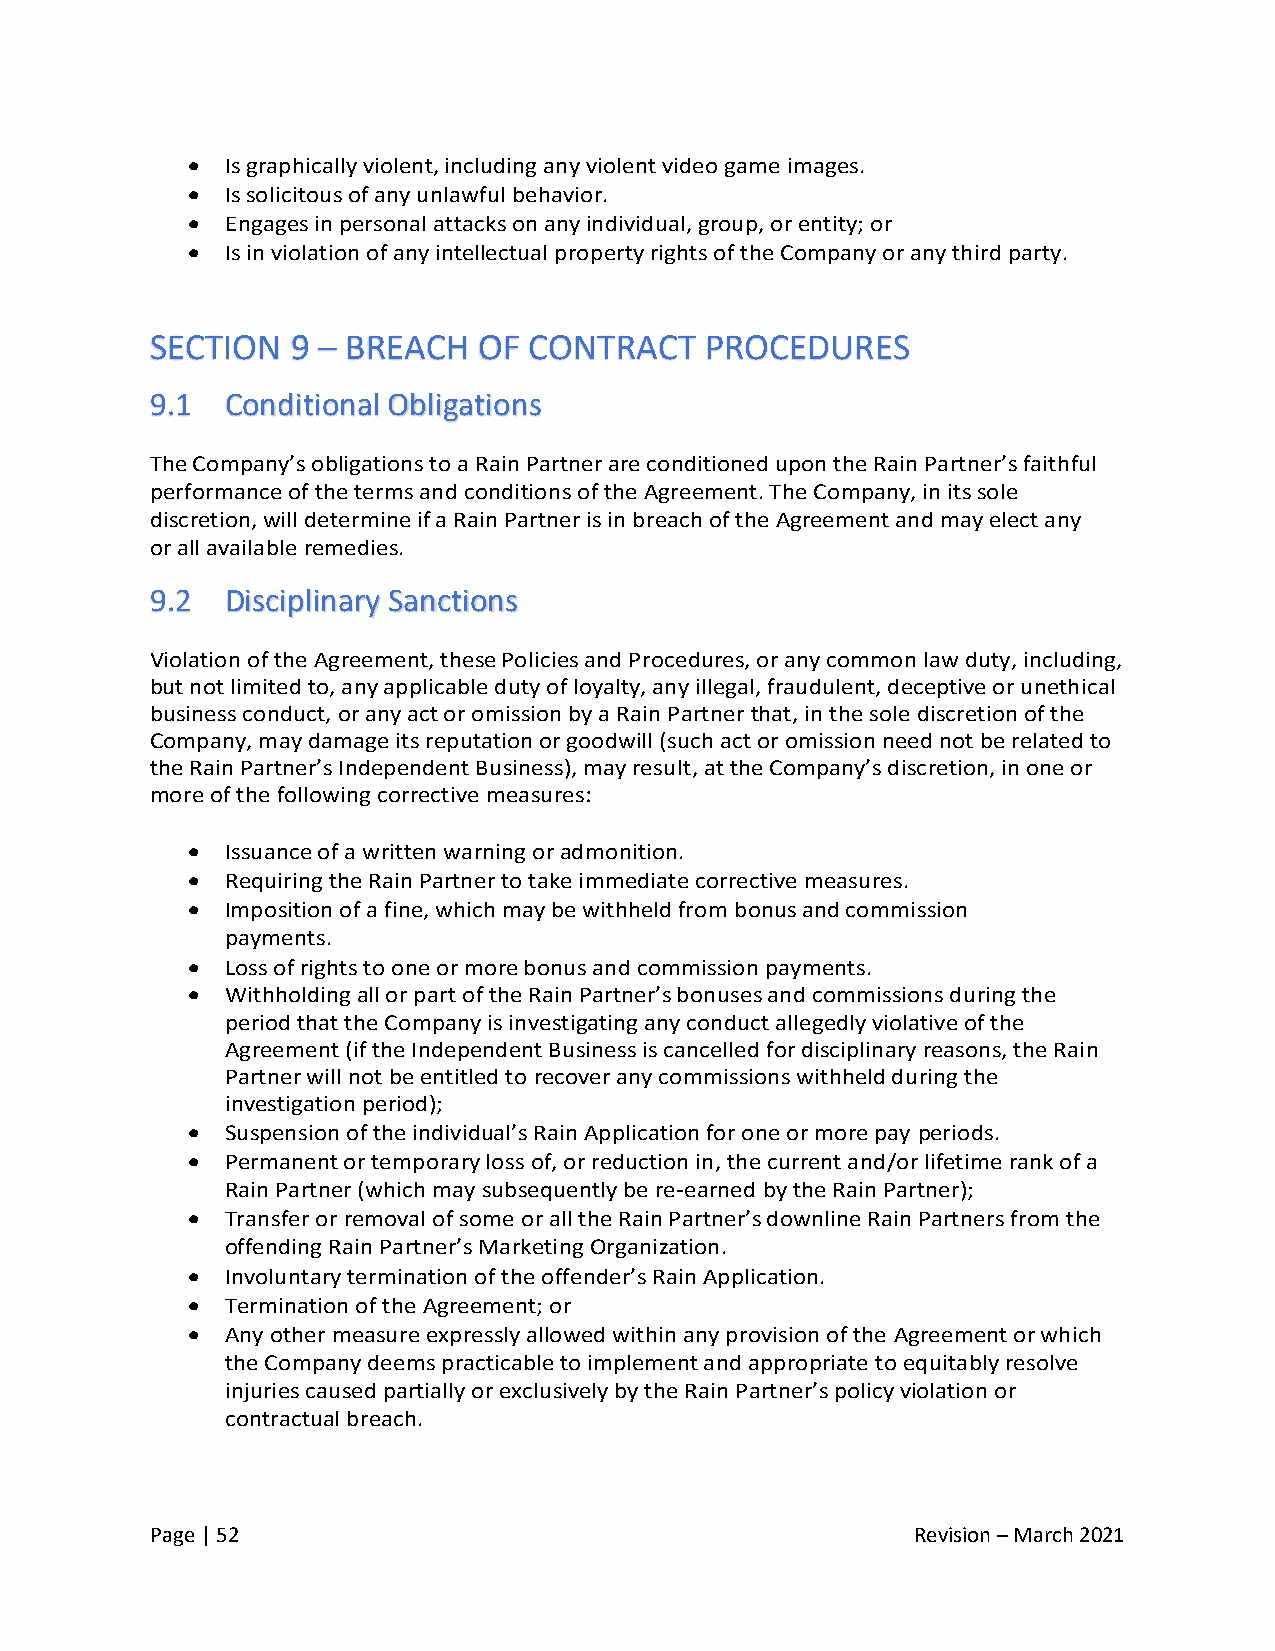
•  Is graphically violent, including any violent video game images.
 •  Is solicitous of any unlawful behavior.
 •  Engages in personal attacks on any individual, group, or entity; or
 •  Is in violation of any intellectual property rights of the Company or any third party.
 SECTION  9 – BREACH   OF CONTRACT    PROCEDURES
 9.1  Conditional Obligations
 The Company’s obligations to a Rain Partner are conditioned upon the Rain Partner’s faithful
 performance of the terms and conditions of the Agreement. The Company, in its sole
 discretion, will determine if a Rain Partner is in breach of the Agreement and may elect any
 or all available remedies.
 9.2  Disciplinary Sanctions
 Violation of the Agreement, these Policies and Procedures, or any common law duty, including,
 but not limited to, any applicable duty of loyalty, any illegal, fraudulent, deceptive or unethical
 business conduct, or any act or omission by a Rain Partner that, in the sole discretion of the
 Company, may damage its reputation or goodwill (such act or omission need not be related to
 the Rain Partner’s Independent Business), may result, at the Company’s discretion, in one or
 more of the following corrective measures:
 •  Issuance of a written warning or admonition.
 •  Requiring the Rain Partner to take immediate corrective measures.
 •  Imposition of a fine, which may be withheld from bonus and commission
 payments.
 •  Loss of rights to one or more bonus and commission payments.
 •  Withholding all or part of the Rain Partner’s bonuses and commissions during the
 period that the Company is investigating any conduct allegedly violative of the
 Agreement (if the Independent Business is cancelled for disciplinary reasons, the Rain
 Partner will not be entitled to recover any commissions withheld during the
 investigation period);
 •  Suspension of the individual’s Rain Application for one or more pay periods.
 •  Permanent or temporary loss of, or reduction in, the current and/or lifetime rank of a
 Rain Partner (which may subsequently be re-earned by the Rain Partner);
 •  Transfer or removal of some or all the Rain Partner’s downline Rain Partners from the
 offending Rain Partner’s Marketing Organization.
 •  Involuntary termination of the offender’s Rain Application.
 •  Termination of the Agreement; or
 •  Any other measure expressly allowed within any provision of the Agreement or which
 the Company deems practicable to implement and appropriate to equitably resolve
 injuries caused partially or exclusively by the Rain Partner’s policy violation or
 contractual breach.
 Page | 52                                          Revision – March 2021